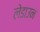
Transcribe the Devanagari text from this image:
लेडाउन